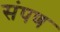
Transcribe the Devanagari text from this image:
संपण